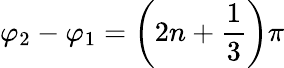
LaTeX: \varphi_{2}-\varphi_{1}=\left(2n+\frac{1}{3}\right)\pi